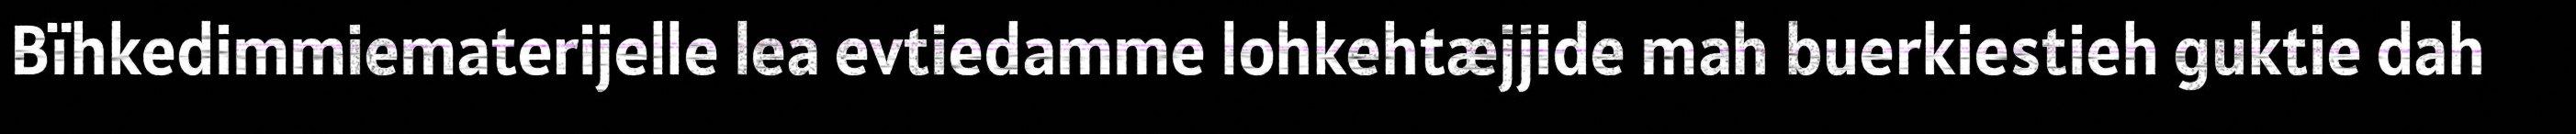
Bïhkedimmiematerijelle lea evtiedamme lohkehtæjjide mah buerkiestieh guktie dah